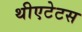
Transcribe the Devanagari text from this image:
थीएटेटस